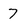
Character: 7